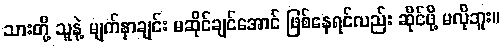
သားတို့ သူနဲ့ မျက်နှာချင်း မဆိုင်ချင်အောင် ဖြစ်နေရင်လည်း ဆိုင်ဖို့ မလိုဘူး။